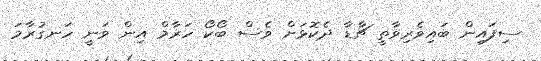
ސިފައިން ބައިވެރިވާތީ ޗާޑާ ދެކޮޅަށް ވެސް ބޯކޯ ހަރާމް އިން ވަނީ ހަނގުރާމަ